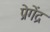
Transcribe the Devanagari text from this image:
प्रेगेंद्र